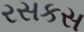
રસકસ